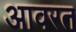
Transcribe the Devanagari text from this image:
आवरत